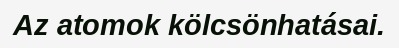
Az atomok kölcsönhatásai.